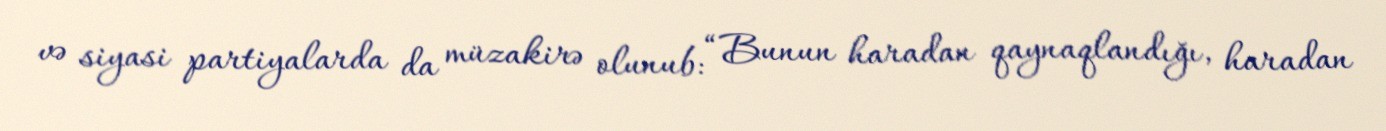
və siyasi partiyalarda da müzakirə olunub: “Bunun haradan qaynaqlandığı, haradan